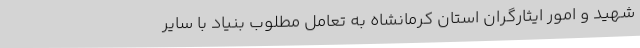
شهید و امور ایثارگران استان کرمانشاه به تعامل مطلوب بنیاد با سایر